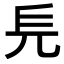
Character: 𠑿